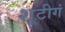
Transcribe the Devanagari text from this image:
शूटीगं